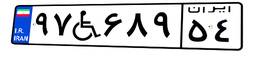
۹۷W۶۸۹۵۴